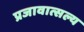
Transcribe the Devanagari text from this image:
प्रजावात्सल्य